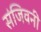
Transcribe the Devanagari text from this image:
संजिवनी